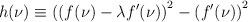
LaTeX: \begin{align*}h(\nu) \equiv \left( (f(\nu) - \lambda f'(\nu)\right)^2 -\left(f' (\nu)\right)^2\end{align*}